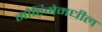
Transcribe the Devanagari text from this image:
मोहिमेमधील